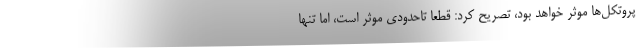
پروتکل‌ها موثر خواهد بود، تصریح کرد: قطعا تاحدودی موثر است، اما تنها